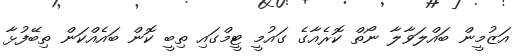
އަޒުމީން ބައްލަވާލާ ނޯތް ކޮރެއާގެ ގައުމީ ޓީމްގައި ތިބީ ކޮން ބައެއްކަން ތިބޭފުޅާ